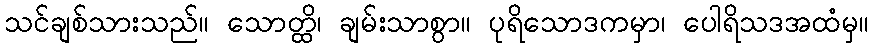
သင်ချစ်သားသည်။ သောတ္ထိ၊ ချမ်းသာစွာ။ ပုရိသောဒကမှာ၊ ပေါရိသဒအထံမှ။